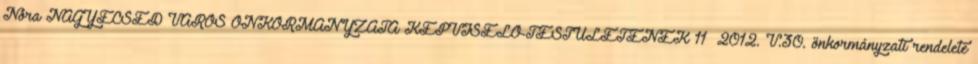
Nóra NAGYECSED VÁROS ÖNKORMÁNYZATA KÉPVISELŐ-TESTÜLETÉNEK 11 2012. V.30. önkormányzati rendelete